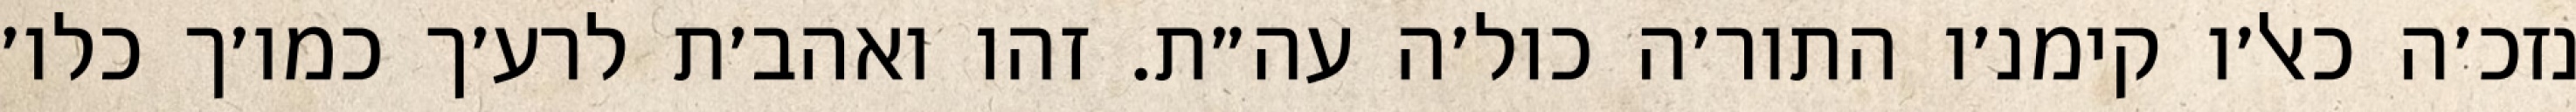
נזכ׳ה כאל׳ו קימנ׳ו התור׳ה כול׳ה עה״ת. זהו ואהב׳ת לרע׳ך כמו׳ך כלו׳